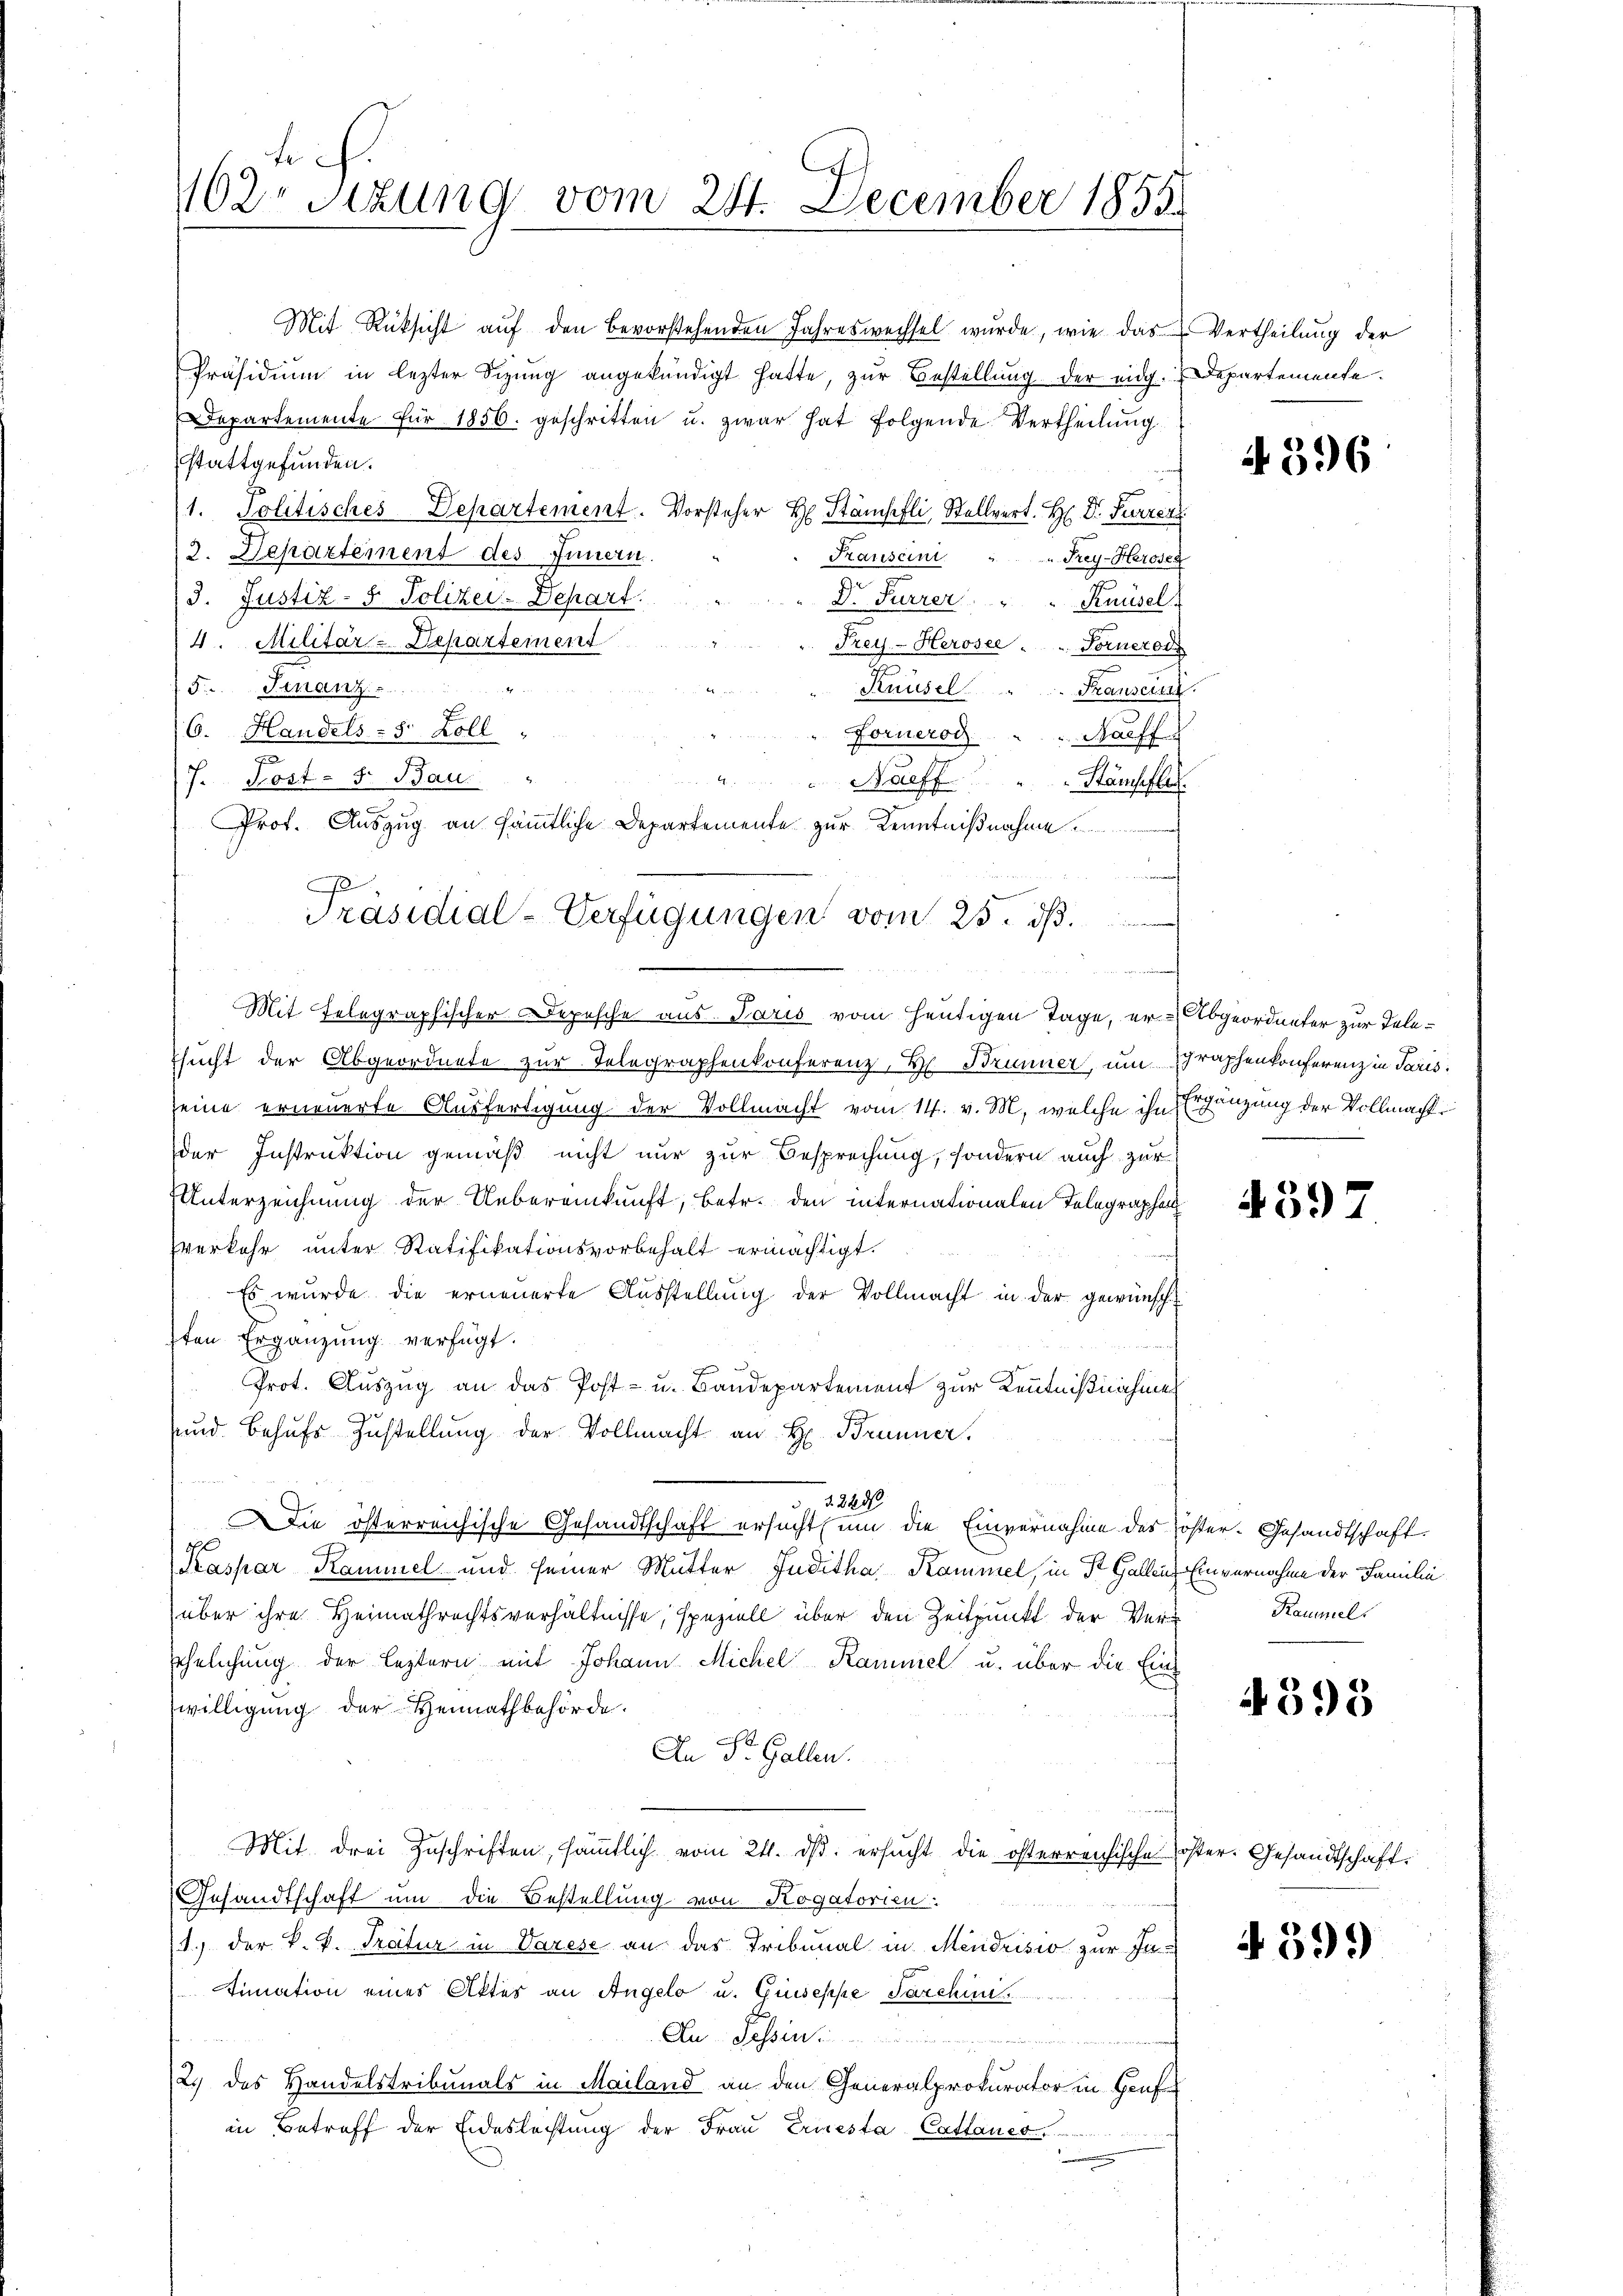
te
02 sizung vom 28. December 1855.

Mit Rüksicht auf den Bevorstehenden Jahreswechsel wurde, wie das Vertheilung der
Präsidiŭm in lezter dizŭng angekündigt hatte, zur Bestellung der eidg. Departemente.
Departemente für 1856. geschritten u. zwar hat folgende Vertheilŭng
stattgefunden.
1. Politisches Departement. Vorsteher H. Stämpfli, Stellvert. H. Dr. Furren
2. Departement des Innern.
Kanscini
" Frey-Herosen
3. Justiz- & Polizei-Depart.
Dr. Furrer " " Knüsel
4. Militär-Departement
Frey- Herosee " " Fornerode
F. Franz
Knüsel
Franseren.
(6. Handels - 5. Koll
Forneros
Raiff

7. Post- 5. Bau.
Naeff    "   Hansefler
Prof. Auszug an sämmtliche Departemente zur Kenntnißnahme
f
Präsidial-Verfügungen vom 25. dβ.

e
Mit Telegraphischer Depesche aus Paris vom heutigen Tage, er Abgeordneter zur Tele¬

sucht der Abgeordnete zur Telegraphenkonferenz, Hr. Brunner, um Schraphenkonferenz in Paris
seine erneuerte Ausfertigung der Vollmacht vom 14. v. M., welche ihn Ergänzung der Vollmacht
der Instruktion gemäß nicht nur zur Besprechung, sondern auch zur
Unterzeichnung der Uebereinkunft, betr. den internationalen Telegraphen
verkehr unter Ratifikationsvorbehalt ermächtigt.
Es wurde die erneuerte Aŭsstellung der Vollmacht in der gewünscht
sten Ergänzung verfügt:
Prot. Auszug an das Post- u. Baudepartement zur Kenntnißnahme
und behufs Zustellung der Vollmacht an H. Brunner.
Die österreichische Gesandtschaft ersucht um die Einvernahme des Poster- Gesandtschaft.
Kaspar Kammel und seiner Mutter Juditha, Kammel, in St. Gallen Einvernahme der Familie
über ihre Heimathrechtsverhältnisse, speziell über den Zeitpunkt der Ver-
ehelichung der leztern mit Johann Michel Kammel u. über die Eins
willigung der Heimathbehörde.
An St. Gallen.
Mit drei Zuschriften, sämmtlich vom 24. dβ. ersucht die österreichische öster. Gesandtschaft
Gesandtschaft um die Bestellung von Rogatorien
11.) der k. k. Pratur in Varese an das Tribunal in Mendrisio zur Intimation eines Aktes an Angelo u. Guseppe Tarchin
Au - Sessen
2.) das Handelstribunals in Mailand an den Generalprokurator in Bauf
in Betreff der Eideslechtung der Fraŭ Eriesta-Catlanes.

2228

N 596

4397

Rammel

4398

4399)